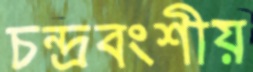
চন্দ্রবংশীয়